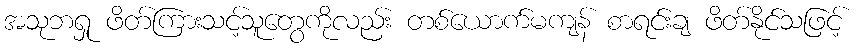
အသုဘရှု ဖိတ်ကြားသင့်သူတွေကိုလည်း တစ်ယောက်မကျန် စာရင်းချ ဖိတ်နိုင်သဖြင့်